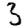
Digit: 3